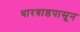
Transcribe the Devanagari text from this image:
धारवाडपासून